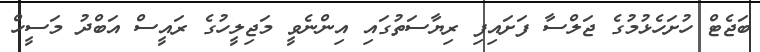
ބަޖެޓް ހުށަހެޅުމުގެ ޖަލްސާ ފަށައިިފި ރިޔާސަތުގައި އިންނެވީ މަޖިލީހުގެ ރައީސް އަބްދު މަސީހް